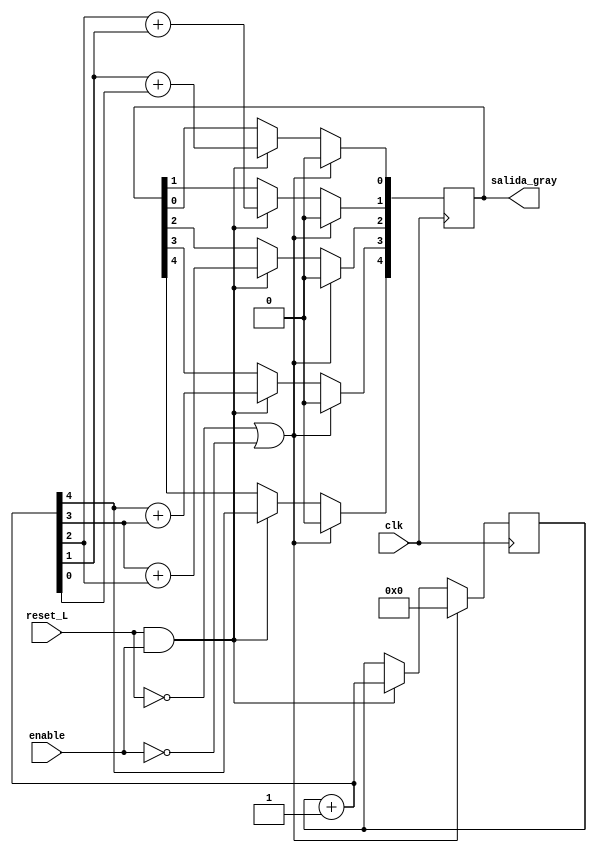
module contador_gray_cond(
                    input clk,
                    input reset_L,
                    input enable,
                    output reg [4:0] salida_gray
                    );
    
    reg [4:0] contador_bin;
    
    always @(posedge clk)begin

        if (reset_L == 0 || enable == 0)begin
            contador_bin <= 0;
            salida_gray <= 0;
        end
        else if (reset_L == 1 && enable == 1)begin
            contador_bin = contador_bin + 1;
            salida_gray [4] <= contador_bin[4];
            salida_gray [3] <= contador_bin[4] + contador_bin[3];
            salida_gray [2] <= contador_bin[3] + contador_bin[2];
            salida_gray [1] <= contador_bin[2] + contador_bin[1];
            salida_gray [0] <= contador_bin[1] + contador_bin[0];   
        end
    end
endmodule